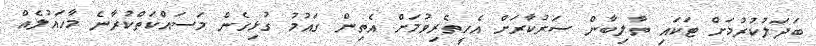
ބަދަލުކުރުމަށް ޓަކައި ތާލިބާން ސަރުކާރަށް އެހީތެރިވުމަށް އެތިން ގައުމު ގުޅިގެން މަސައްކަތްކުރާނެ މާހައުލެއް